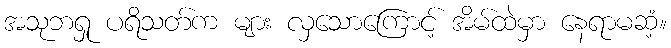
အသုဘရှု ပရိသတ်က များ လှသောကြောင့် အိမ်ထဲမှာ နေရာမဆံ့။